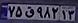
۷۵ق۹۸۲۱۳